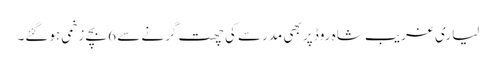
لیاری غریب شاہ روڈ پر بھی مدرسے کی چھت گرنے سے 6 بچے زخمی ہوگئے۔